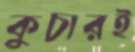
কুচারই